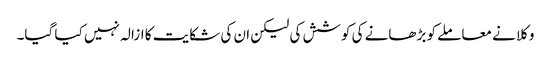
وکلا نے معاملے کو بڑھانے کی کوشش کی لیکن ان کی شکایت کا ازالہ نہیں کیا گیا۔